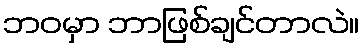
ဘဝမှာ ဘာဖြစ်ချင်တာလဲ။